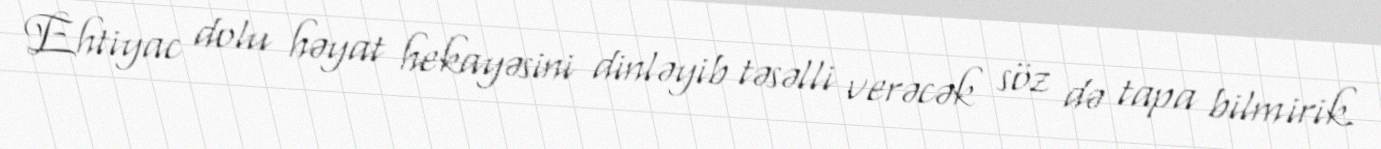
Ehtiyac dolu həyat hekayəsini dinləyib təsəlli verəcək söz də tapa bilmirik.